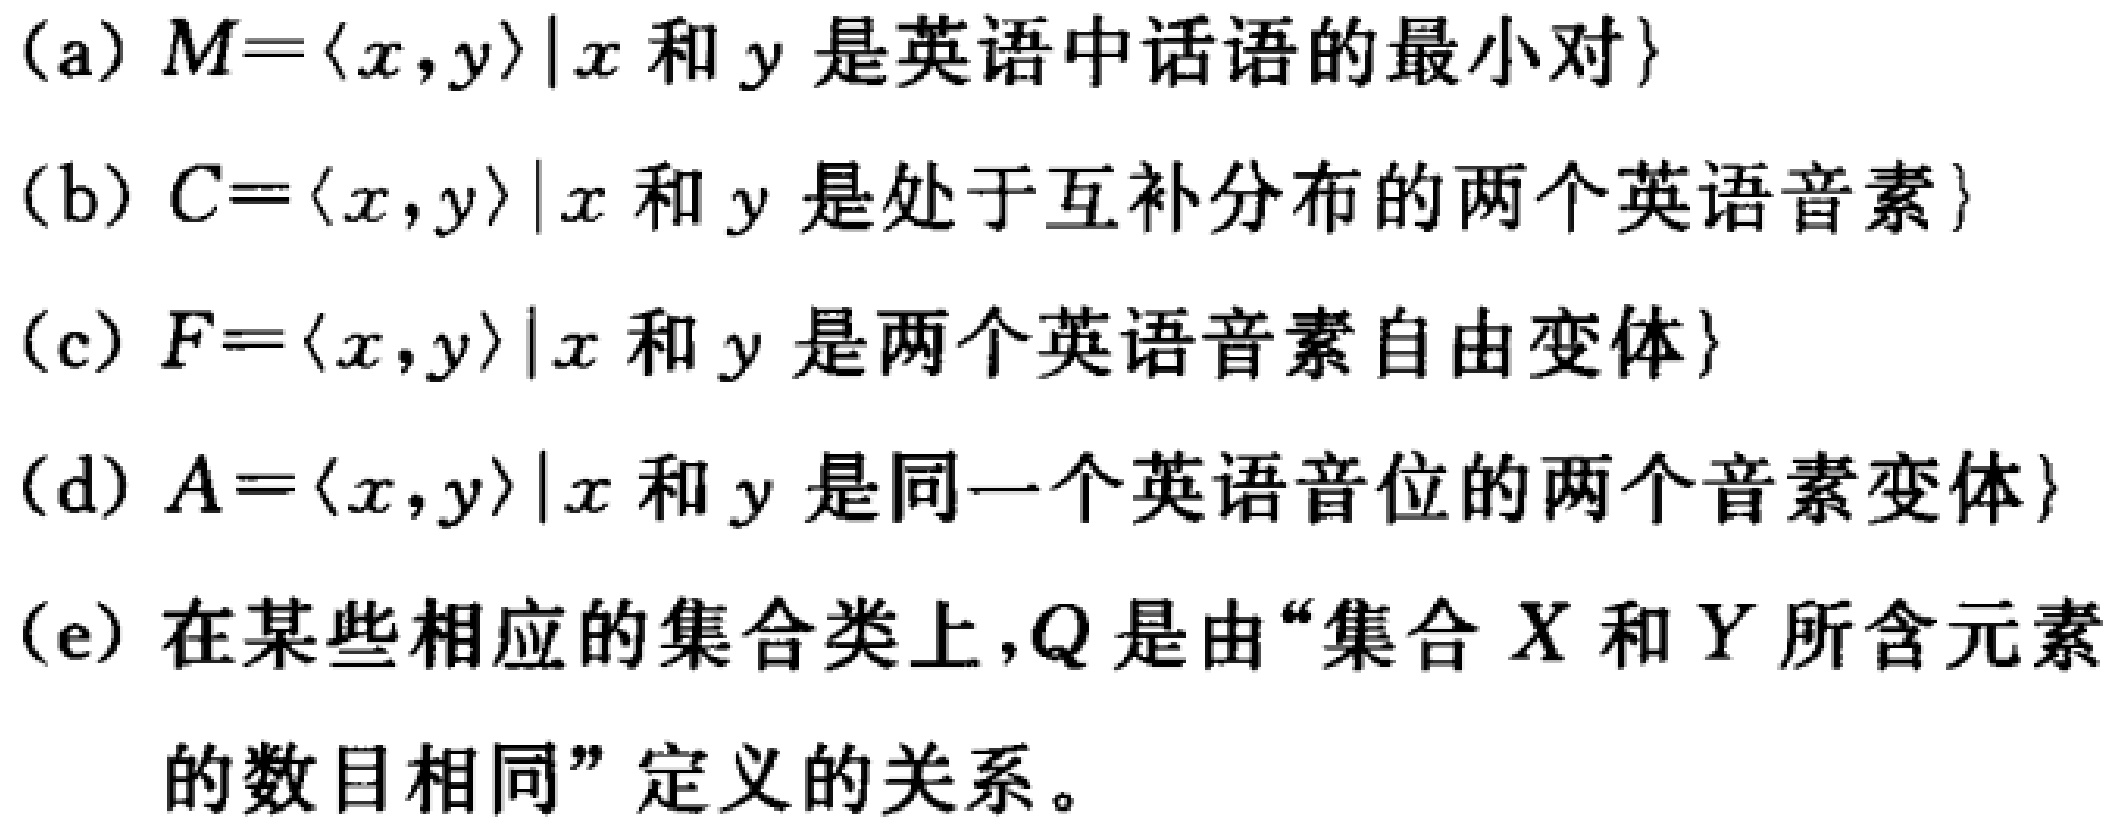
(a) \(M = \{ \langle x,y\rangle|x\text{ 和 }y\text{ 是英语中话语的最小对}\}\)
(b) \(C = \{ \langle x,y\rangle|x\text{ 和 }y\text{ 是处于互补分布的两个英语音素}\}\)
(c) \(F = \{ \langle x,y\rangle|x\text{ 和 }y\text{ 是两个英语音素自由变体}\}\)
(d) \(A = \{ \langle x,y\rangle|x\text{ 和 }y\text{ 是同一个英语音位的两个音素变体}\}\)
(e) 在某些相应的集合类上，\(Q\)是由“集合 \(X\) 和 \(Y\) 所含元素的数目相同”定义的关系。